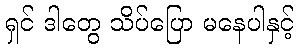
ရှင် ဒါတွေ သိပ်ပြော မနေပါနှင့်